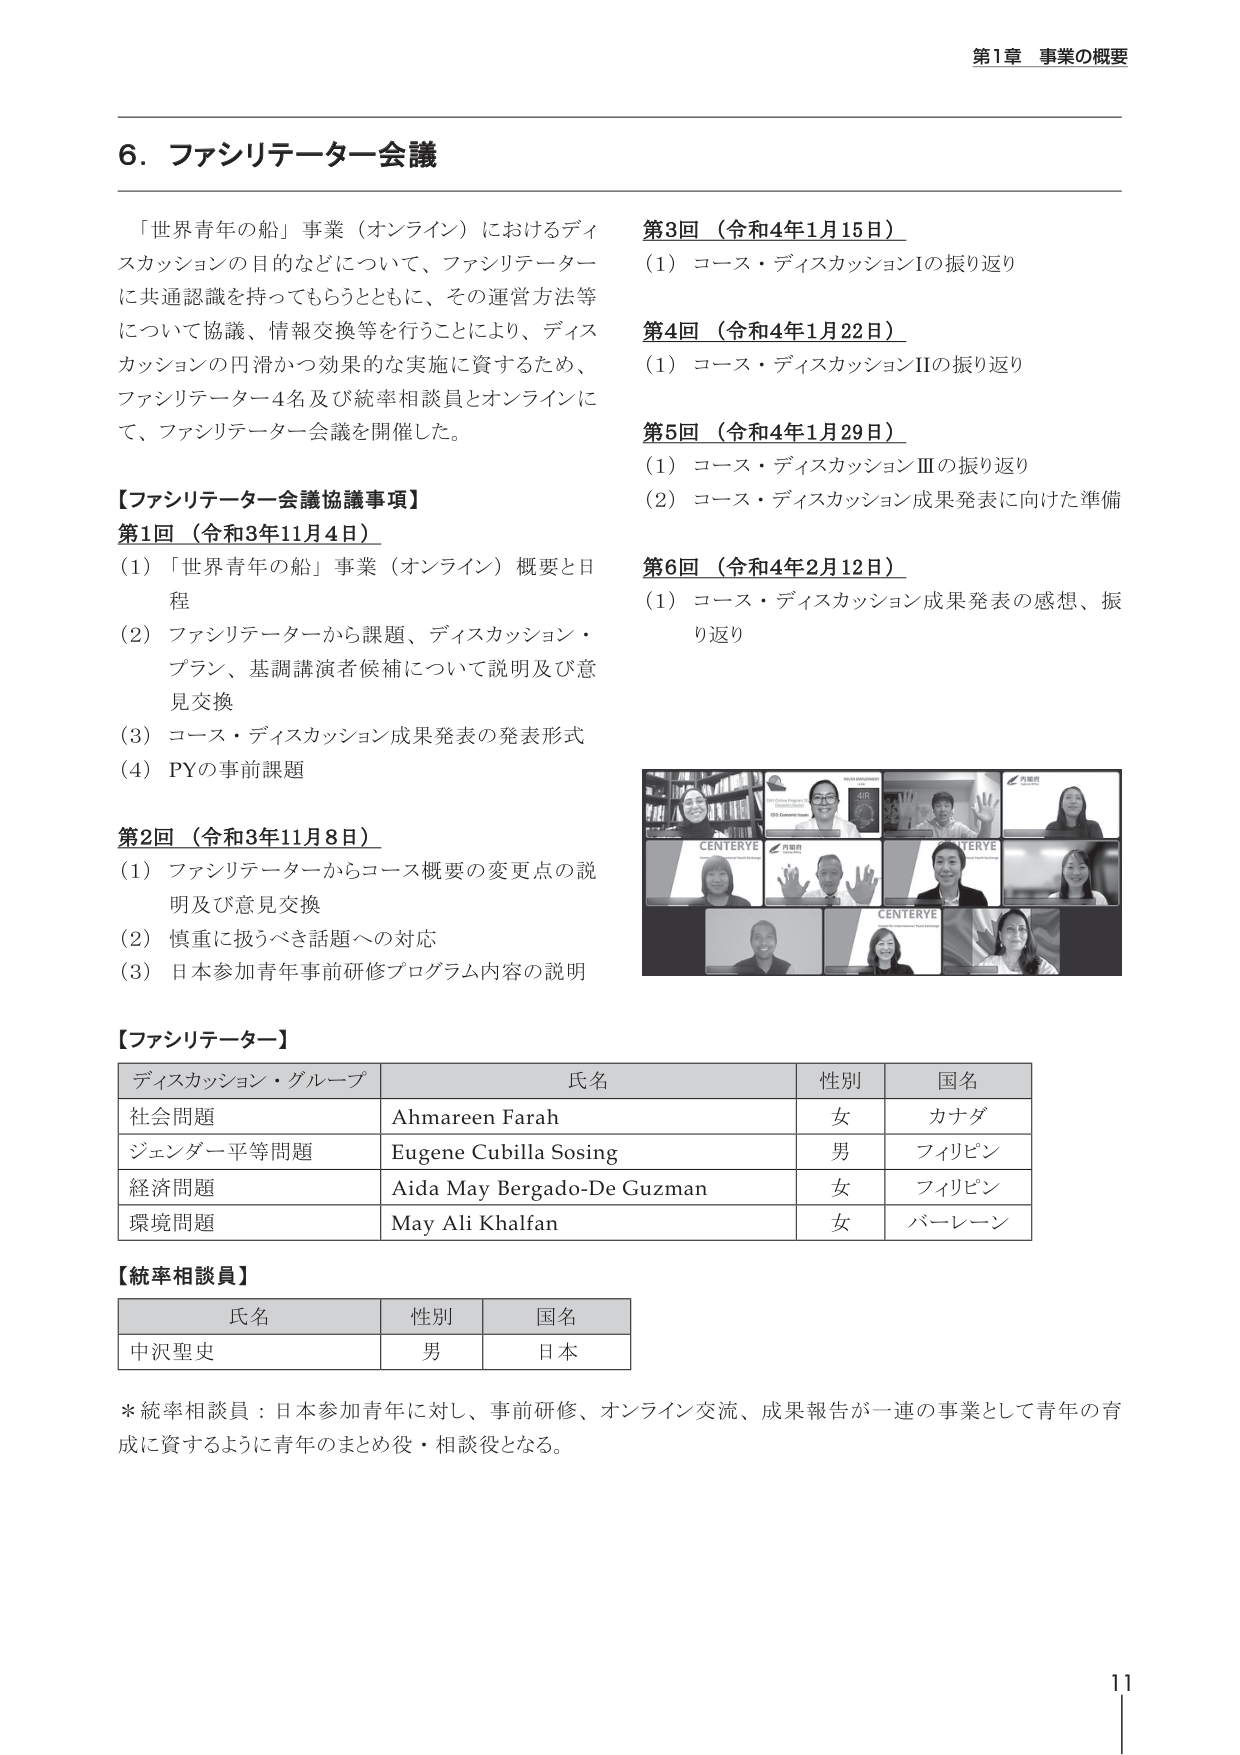
第1章 事業の概要

6. ファシリテーター会議

「世界青年の船」事業（オンライン）におけるディスカッションの目的などについて、ファシリテーターに共通認識を持ってもらうとともに、その運営方法等について協議、情報交換等を行うことにより、ディスカッションの円滑かつ効果的な実施に資するため、ファシリテーター4名及び統率相談員とオンラインにて、ファシリテーター会議を開催した。

【ファシリテーター会議協議事項】

第1回（令和3年11月4日）
(1) 「世界青年の船」事業（オンライン）概要と日程
(2) ファシリテーターから課題、ディスカッション・プラン、基調講演者候補について説明及び意見交換
(3) コース・ディスカッション成果発表の発表形式
(4) PYの事前課題

第2回（令和3年11月8日）
(1) ファシリテーターからコース概要の変更点の説明及び意見交換
(2) 慎重に扱うべき話題への対応
(3) 日本参加青年事前研修プログラム内容の説明

第3回（令和4年1月15日）
(1) コース・ディスカッションIの振り返り

第4回（令和4年1月22日）
(1) コース・ディスカッションIIの振り返り

第5回（令和4年1月29日）
(1) コース・ディスカッションIIIの振り返り
(2) コース・ディスカッション成果発表に向けた準備

第6回（令和4年2月12日）
(1) コース・ディスカッション成果発表の感想、振り返り

【ファシリテーター】

| ディスカッション・グループ | 氏名 | 性別 | 国名 |
|-----------------------------|------|------|------|
| 社会問題 | Ahmareen Farah | 女 | カナダ |
| ジェンダー平等問題 | Eugene Cubilla Sosing | 男 | フィリピン |
| 経済問題 | Aida May Bergado-De Guzman | 女 | フィリピン |
| 環境問題 | May Ali Khalfan | 女 | バーレーン |

【統率相談員】

| 氏名 | 性別 | 国名 |
|------|------|------|
| 中沢聖史 | 男 | 日本 |

*統率相談員：日本参加青年に対し、事前研修、オンライン交流、成果報告が一連の事業として青年の育成に資するように青年のまとめ役・相談役となる。

11